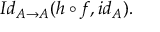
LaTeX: I d _ { A \rightarrow A } ( h \circ f , i d _ { A } ) .